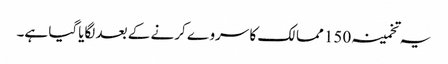
یہ تخمینہ 150 ممالک کا سروے کرنے کے بعد لگایاگیا ہے۔